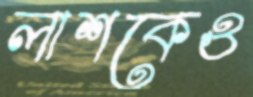
লাশকেও